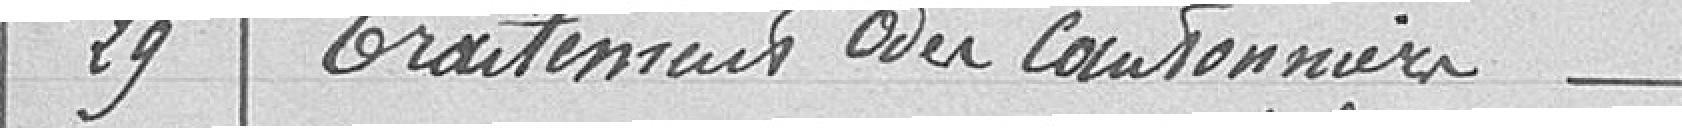
29 Traitements du cantonnier